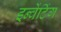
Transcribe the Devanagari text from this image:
इन्वेंटिंग